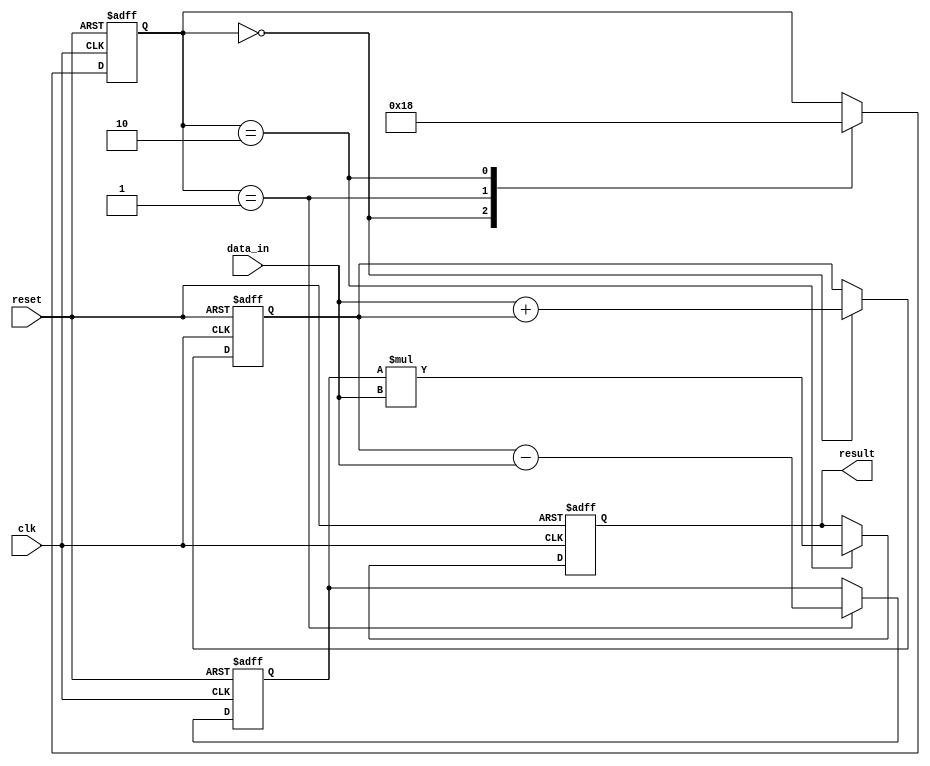
module Pipeline_Accumulator (
    input clk,
    input reset,
    input [31:0] data_in,
    output [31:0] result
);

reg [31:0] stage1_output, stage2_output, stage3_output; // Define registers for output of each stage
reg [1:0] stage; // Define a register to keep track of the current stage

always @(posedge clk or posedge reset) begin
    if (reset) begin
        stage <= 2'b00; // Reset stage to initial stage
        stage1_output <= 0; // Reset stage 1 output
        stage2_output <= 0; // Reset stage 2 output
        stage3_output <= 0; // Reset stage 3 output
    end else begin
        case (stage)
            2'b00: begin // Stage 1 - Addition
                stage1_output <= data_in + stage1_output;
                stage <= 2'b01; // Move to stage 2
            end
            2'b01: begin // Stage 2 - Subtraction
                stage2_output <= stage1_output - data_in;
                stage <= 2'b10; // Move to stage 3
            end
            2'b10: begin // Stage 3 - Multiplication
                stage3_output <= stage2_output * data_in;
                stage <= 2'b00; // Move back to stage 1
            end
        endcase
    end
end

assign result = stage3_output; // Output result accumulated from all stages

endmodule